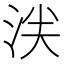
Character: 𬇥